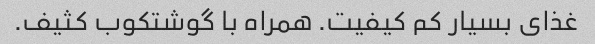
غذای بسیار کم کیفیت. همراه با گوشتکوب کثیف.